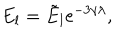
E _ { l } = \tilde { E } _ { l } \mathrm { e } ^ { - 3 \gamma \lambda } ,